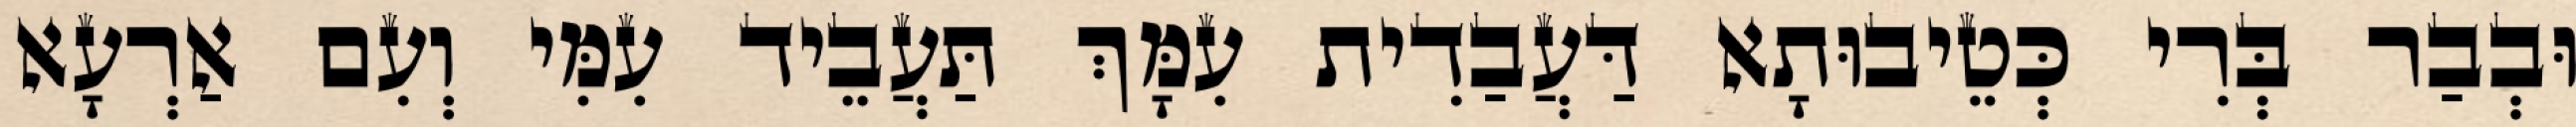
וּבְבַר בְּרִי כְּטֵיבוּתָא דַּעֲבַדִית עִמָּךְ תַּעֲבֵיד עִמִּי וְעִם אַרְעָא